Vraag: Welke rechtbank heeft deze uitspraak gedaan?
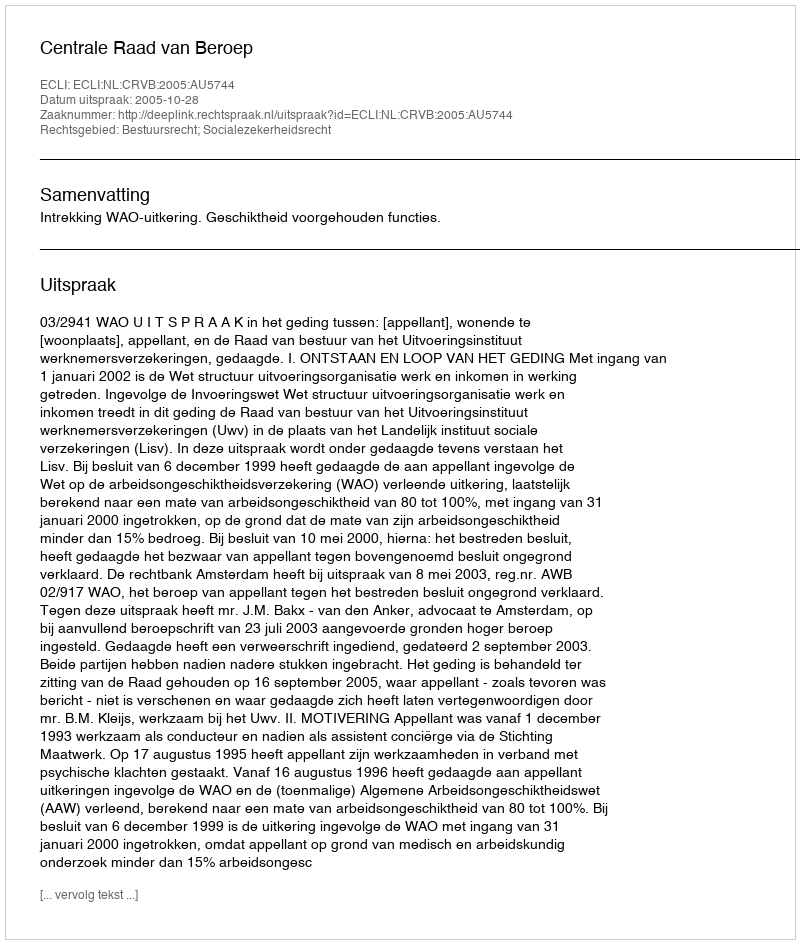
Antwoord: Centrale Raad van Beroep